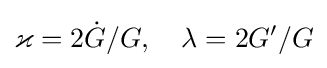
\varkappa =2{\dot {G}}/G,\quad \lambda =2G^{\prime }/G